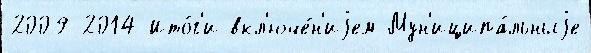
2009-2014 Ито́г'и вкл'юче́н'иjем Мун'иципа́льныjе